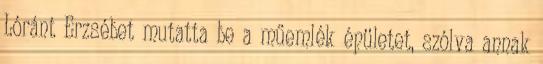
Lóránt Erzsébet mutatta be a műemlék épületet, szólva annak